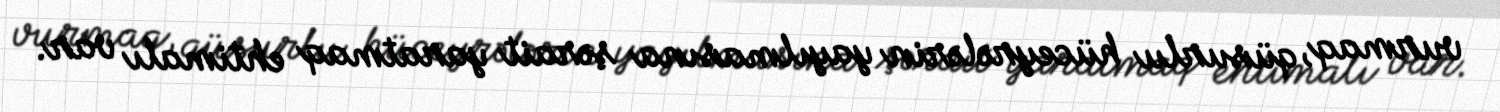
vurmaq, qüsurlu hüceyrələrin yayılmasına şərait yaratmaq ehtimalı var.